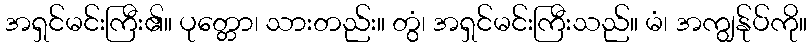
အရှင်မင်းကြီး၏။ ပုတ္တော၊ သားတည်း။ တွံ၊ အရှင်မင်းကြီးသည်။ မံ၊ အကျွန်ုပ်ကို။